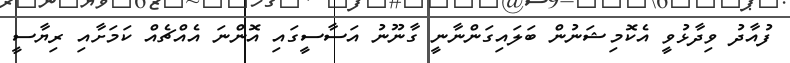
ފުއާދު ވިދާޅުވީ އެކޮމިޝަނުން ބަލައިގަންނާނީ ގާނޫނު އަސާސީގައި އޮންނަ އެއްޗެއް ކަމަށާއި ރިޔާސީ